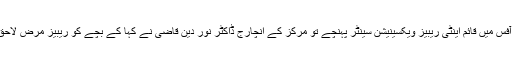
میر حسن کے والد صفدر ابڑو جب منگل کی دوپہر بیٹے کو لے کر لاڑکانہ کمشنر آفس میں قائم اینٹی ریبیز ویکسینیشن سینٹر پہنچے تو مرکز کے انچارج ڈاکٹر نور دین قاضی نے کہا کے بچے کو ریبیز مرض لاحق ہے جو جسم میں اس قدر سرایت کر چکا ہے کہ اب اس کا بچنا تقریباً ناممکن ہے۔